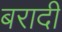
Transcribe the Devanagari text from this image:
बरादी